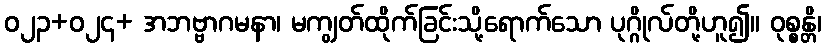
ဝ၂၃+၀၂၄+ အဘဗ္ဗာဂမနာ၊ မကျွတ်ထိုက်ခြင်းသို့ရောက်သော ပုဂ္ဂိုလ်တို့ဟူ၍။ ဝုစ္စန္တိ၊